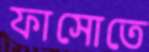
ফাসোতে